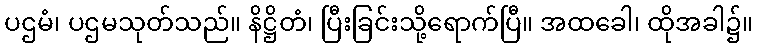
ပဌမံ၊ ပဌမသုတ်သည်။ နိဋ္ဌိတံ၊ ပြီးခြင်းသို့ရောက်ပြီ။ အထခေါ၊ ထိုအခါ၌။